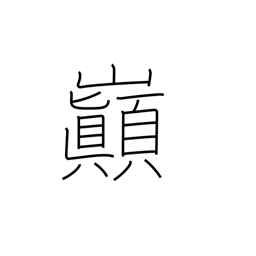
Meaning: summit